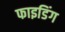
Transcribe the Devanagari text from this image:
फाइडिंग